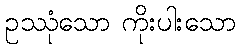
ဥဿုံသော ကိုးပါးသော